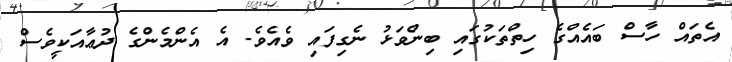
އެތައް ހާސް ބައެއްގެ ހިތްތަކުގައި ބިންވަޅު ނެގިފައި ވެއެވެ. އެ އެންމެންގެ ދުޢާއަކީވެސް